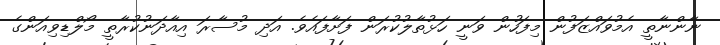
ނާންނާތީ އެމުވައްޒަފުން މިފަހުން ވަނީ ހަޅުތާލުކުރަން ފަށާފައެވެ. އަދި މުސާރަ އިއާދަނުކުރާތީ މޯލްޑިވިއަންގެ